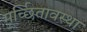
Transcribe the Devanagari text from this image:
मूर्च्छितावस्था